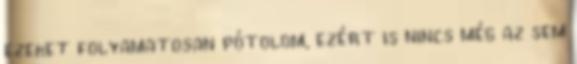
ezeket folyamatosan pótolom, ezért is nincs még az sem